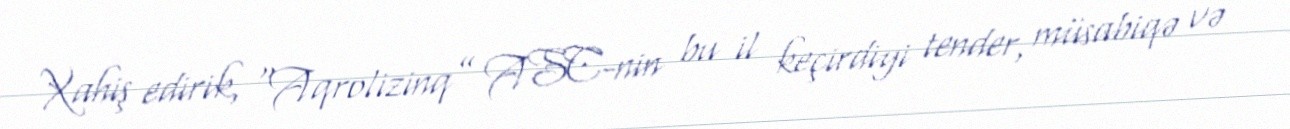
Xahiş edirik, “Aqrolizinq” ASC-nin bu il keçirdiyi tender, müsabiqə və